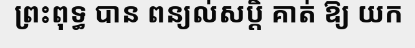
ព្រះពុទ្ធ បាន ពន្យល់សប្តិ គាត់ ឱ្យ យក